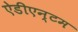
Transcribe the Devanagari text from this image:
ऐडीएन्टम